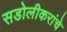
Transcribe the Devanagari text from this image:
सडोलीकरांचे